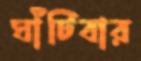
ঘাঁটিবার